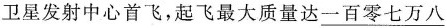
卫星发射中心首飞，起飞最大质量达\underline{一百零七万八}